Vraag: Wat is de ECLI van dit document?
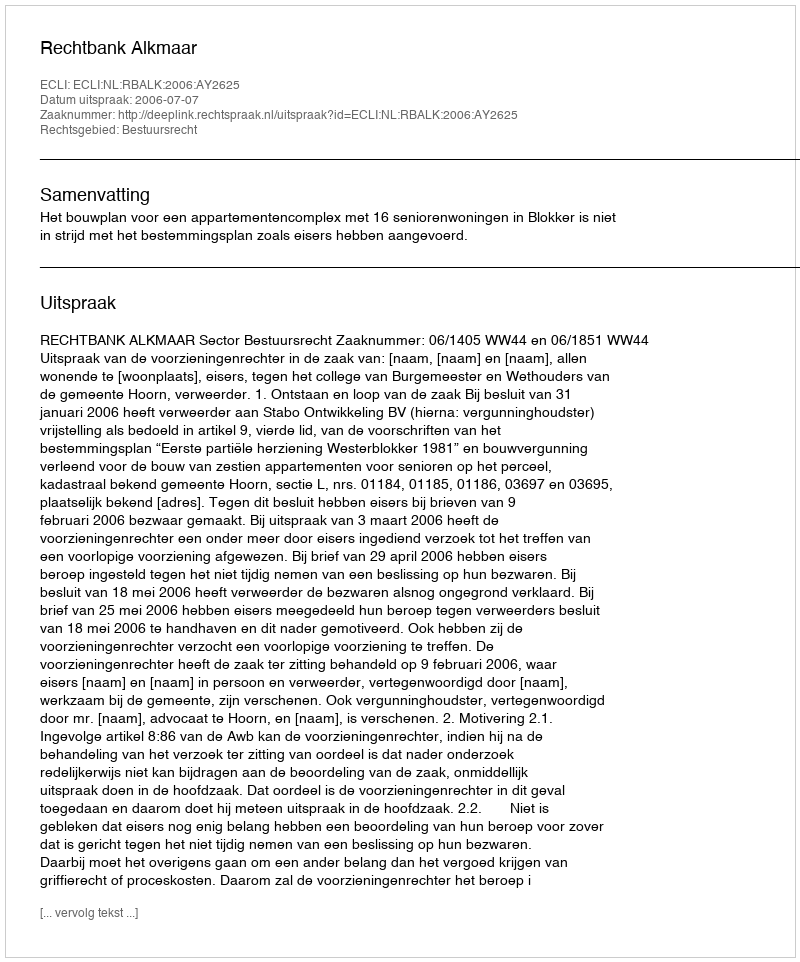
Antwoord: ECLI:NL:RBALK:2006:AY2625